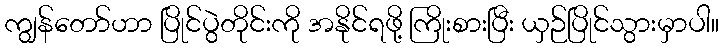
ကျွန်တော်ဟာ ပြိုင်ပွဲတိုင်းကို အနိုင်ရဖို့ ကြိုးစားပြီး ယှဉ်ပြိုင်သွားမှာပါ။